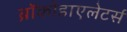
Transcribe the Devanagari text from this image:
ब्रॉकोडाएलेटर्स